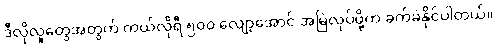
ဒီလိုလူတွေအတွက် ကယ်လိုရီ ၅၀၀ လျော့အောင် အမြဲလုပ်ဖို့က ခက်ခဲနိုင်ပါတယ်။